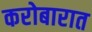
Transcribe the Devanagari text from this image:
करोबारात